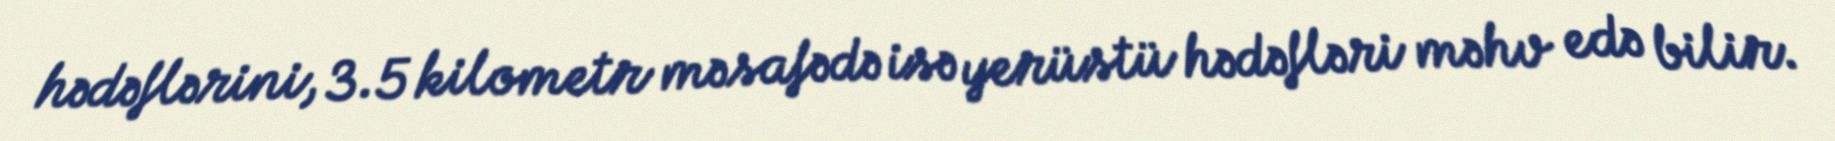
hədəflərini, 3.5 kilometr məsafədə isə yerüstü hədəfləri məhv edə bilir.